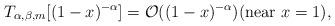
LaTeX: \begin{align*}T_{\alpha,\beta, m}[(1-x)^{-\alpha}]=\mathcal O ((1-x)^{-\alpha}) \mbox{(near }x=1\mbox{)},\end{align*}